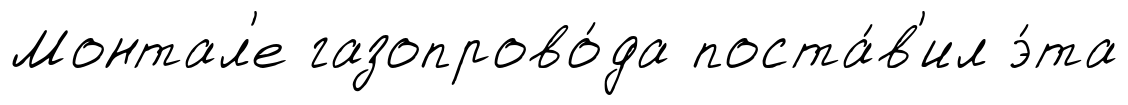
Монтал'е газопрово́да поста́в'ил э́та